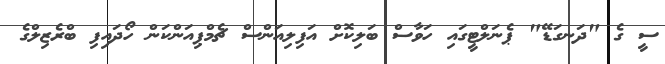
ސީ ގެ "ދަނގަޑޭ" ޕެނަލްޓީގައި ހަވާސް ބަލިކޮށް އަފިލިއަންސް ޗެމްޕިއަންކަން ހޯދައިފި ބްރެޒިލްގެ